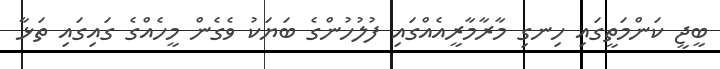
ބީޖީ ކަންމަތީގައި ހިނގި މާރާމާރީއެއްގައި ފުލުހުންގެ ބަޔަކު ވެގެން މީހެއްގެ ގައިގައި ތަޅާ